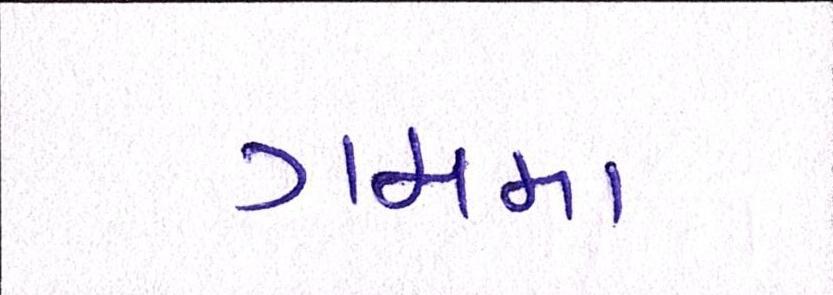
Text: ગામમા